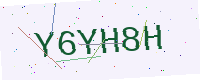
Text: Y6YH8H